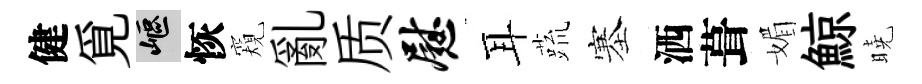
健覓嶇恢窺亂质慰耳蔬塞洒葺媚鯨曉